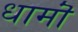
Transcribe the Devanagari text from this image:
धामॊं